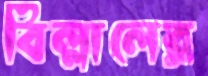
বিল্লালের